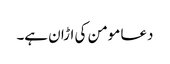
دعا مومن کی اڑان ہے۔